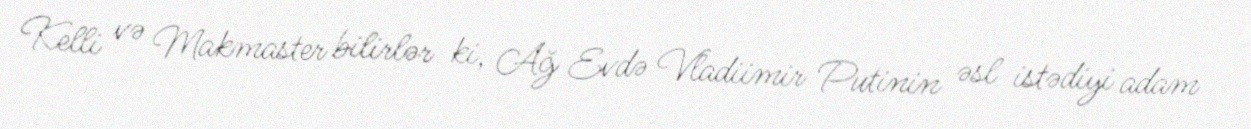
Kelli və Makmaster bilirlər ki, Ağ Evdə Vladiimir Putinin əsl istədiyi adam